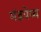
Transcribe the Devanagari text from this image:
मंडपेय्य